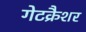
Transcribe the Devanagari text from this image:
गेटक्रैशर